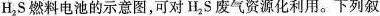
H_{2}S燃料电池的示意图，可对H_{2}S废气资源化利用。下列叙